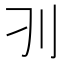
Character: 𰄚